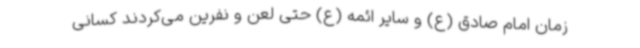
زمان امام صادق (ع) و سایر ائمه (ع) حتی لعن و نفرین می‌کردند کسانی